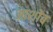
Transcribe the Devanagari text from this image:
आशोब